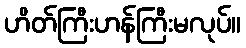
ဟိတ်ကြီးဟန်ကြီးမလုပ်။